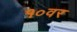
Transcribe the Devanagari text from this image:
१०वर